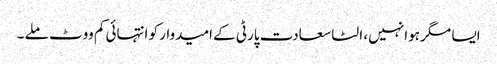
ایسا مگر ہوا نہیں، الٹا سعادت پارٹی کے امیدوار کو انتہائی کم ووٹ ملے ۔